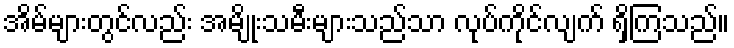
အိမ်များတွင်လည်း အမျိုးသမီးများသည်သာ လုပ်ကိုင်လျက် ရှိကြသည်။